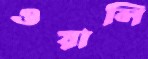
ওয়ালি